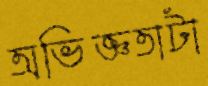
অভিজ্ঞতাটা